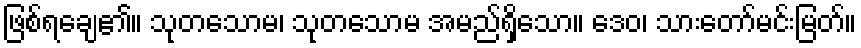
ဖြစ်ရချေ၏။ သုတသောမ၊ သုတသောမ အမည်ရှိသော။ ဒေဝ၊ သားတော်မင်းမြတ်။